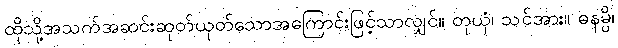
ထိုသို့အသက်အဆင်းဆုတ်ယုတ်သောအကြောင်းဖြင့်သာလျှင်။ တုယှံ၊ သင်အား။ ဓနမ္ပိ၊